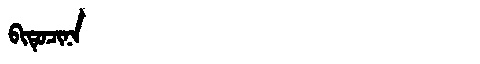
Manchu: ᠪᡳᡨᡠᠴᡳᠨᠠ
Romanization: BITUCINA